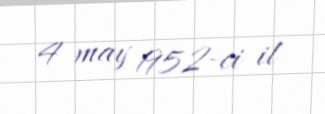
4 may 1952-ci il